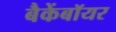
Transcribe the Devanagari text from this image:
बैकेंबॉयर